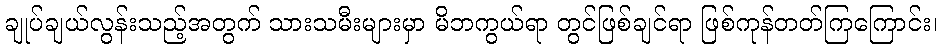
ချုပ်ချယ်လွန်းသည့်အတွက် သားသမီးများမှာ မိဘကွယ်ရာ တွင်ဖြစ်ချင်ရာ ဖြစ်ကုန်တတ်ကြကြောင်း၊